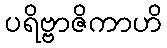
ပရိဗ္ဗာဇိကာဟိ